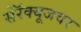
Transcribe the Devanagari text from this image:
सेरॅक्यूजवर